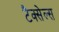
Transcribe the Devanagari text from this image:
टैक्सेल्स